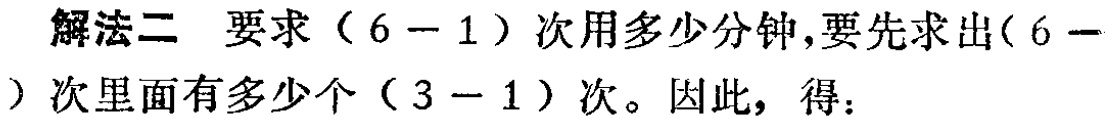
解法二 要求\((6 - 1)\)次用多少分钟，要先求出\((6 - 1)\)次里面有多少个\((3 - 1)\)次。因此，得：